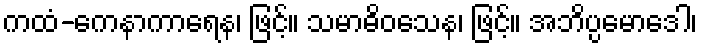
ကထံ-ကေနာကာရေန၊ ဖြင့်။ သမာဓိဝသေန၊ ဖြင့်။ အဘိပ္ပမောဒေါ၊